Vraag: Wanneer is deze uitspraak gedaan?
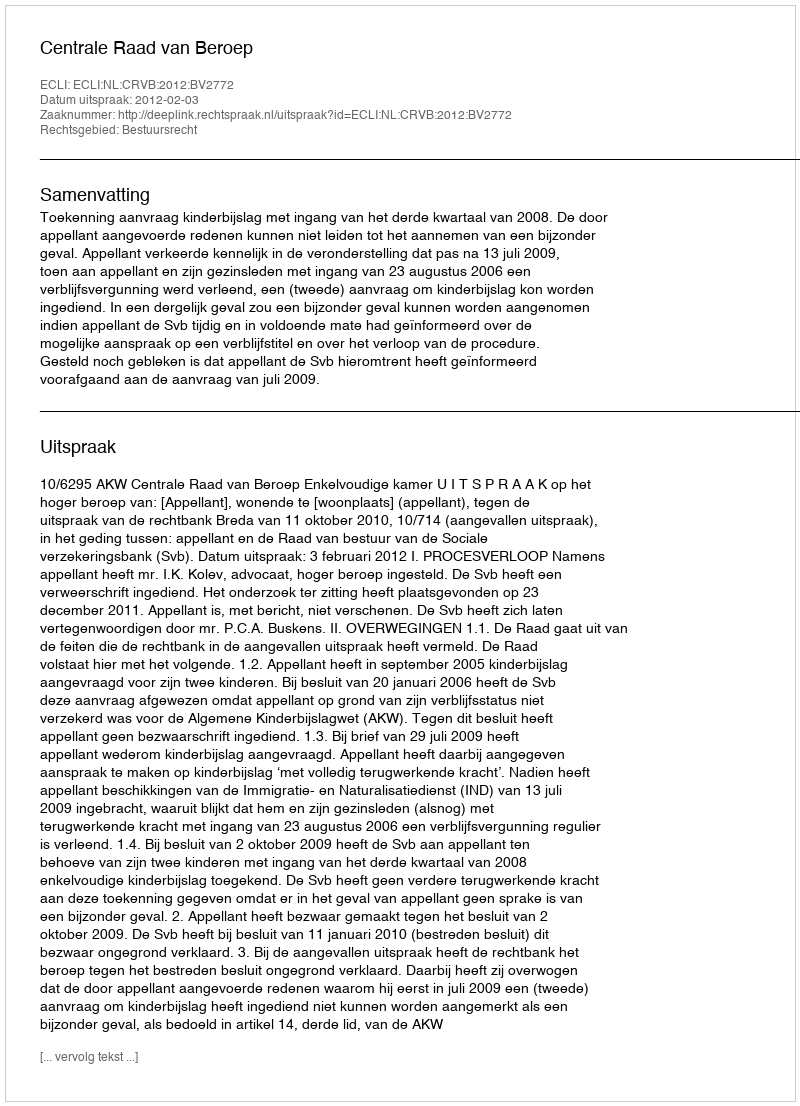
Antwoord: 2012-02-03